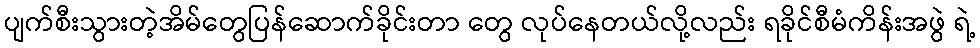
ပျက်စီးသွားတဲ့အိမ်တွေပြန်ဆောက်ခိုင်းတာ တွေ လုပ်နေတယ်လို့လည်း ရခိုင်စီမံကိန်းအဖွဲ ရဲ့